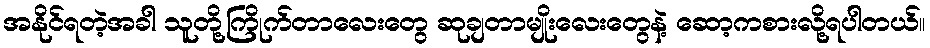
အနိုင်ရတဲ့အခါ သူတို့ကြိုက်တာလေးတွေ ဆုချတာမျိုးလေးတွေနဲ့ ဆော့ကစားလို့ရပါတယ်။